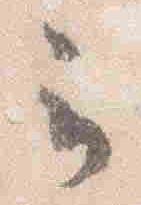
云